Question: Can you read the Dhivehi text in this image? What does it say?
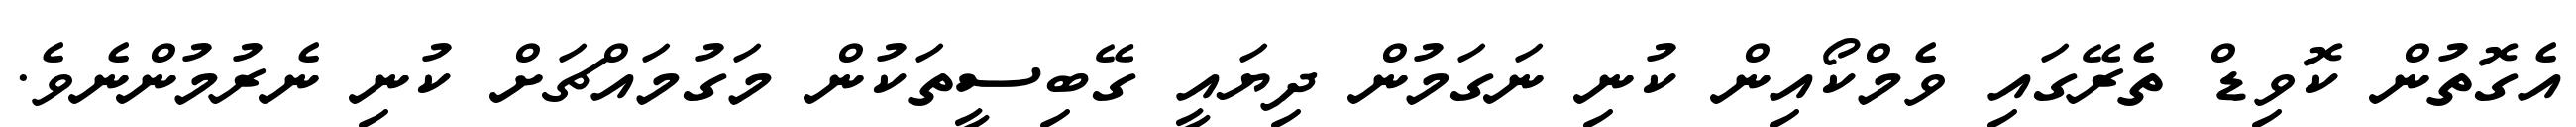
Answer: އެގޮތުން ކޮވިޑް ތެރޭގައި ވެމްކޯއިން ކުނި ނަގަމުން ދިޔައީ ގޭބިސީތަކުން މަގުމައްޗަށް ކުނި ނެރުމުންނެވެ.